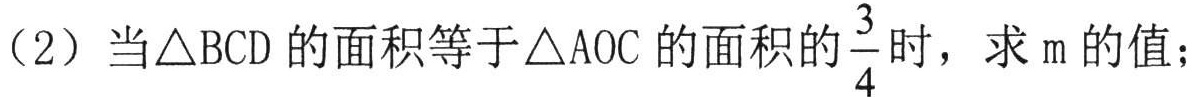
（2）当\(\triangle BCD\)的面积等于\(\triangle AOC\)的面积的\(\frac{3}{4}\)时，求\(m\)的值；